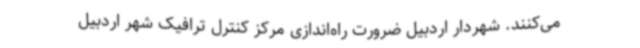
می‌کنند. شهردار اردبیل ضرورت راه‌اندازی مرکز کنترل ترافیک شهر اردبیل